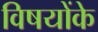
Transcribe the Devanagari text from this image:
विषयोंके